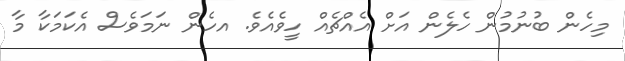
މިހެން ބުނުމުން ހެލެން އަށް އެއްޗެއް ހީވެއެވެ. އހެން ނަމަވެސް އެކަމަކާ މާ